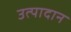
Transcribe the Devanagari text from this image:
उत्पादान